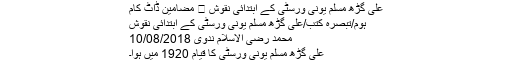
علی گڑھ مسلم یونی ورسٹی کے ابتدائی نقوش ⋆ مضامین ڈاٹ کام
ہوم/تبصرۂ کتب/علی گڑھ مسلم یونی ورسٹی کے ابتدائی نقوش
محمد رضی الاسلام ندوی 10/08/2018
علی گڑھ مسلم یونی ورسٹی کا قیام 1920 میں ہوا۔